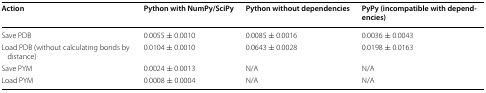
| Action | Python with NumPy/SciPy | Python without dependencies | PyPy (incompatible with dependencies) |
 | --- | --- | --- | --- |
 | Save PDB | 0.0055 ± 0.0010 | 0.0085 ± 0.0016 | 0.0036 ± 0.0043 |
 | Load PDB (without calculating bonds by distance) | 0.0104 ± 0.0010 | 0.0643 ± 0.0028 | 0.0198 ± 0.0163 |
 | Save PYM | 0.0024 ± 0.0013 | N/A | N/A |
 | Load PYM | 0.0008 ± 0.0004 | N/A | N/A |